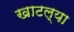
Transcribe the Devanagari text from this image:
खाटल्या